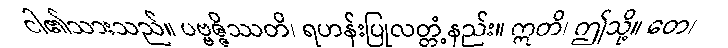
ငါ၏သားသည်။ ပဗ္ဗဇ္ဇိဿတိ၊ ရဟန်းပြုလတ္တံ့နည်း။ ဣတိ၊ ဤသို့။ တေ၊